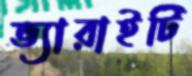
ভ্যারাইটি